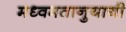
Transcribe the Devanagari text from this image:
मध्वमतानुयायी